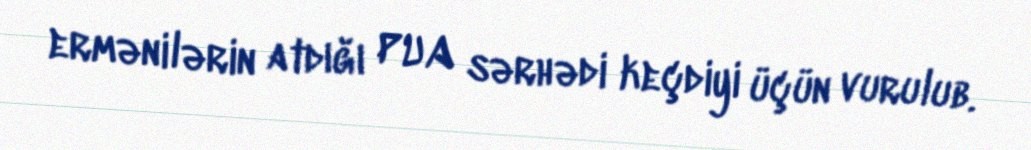
ermənilərin atdığı PUA sərhədi keçdiyi üçün vurulub.